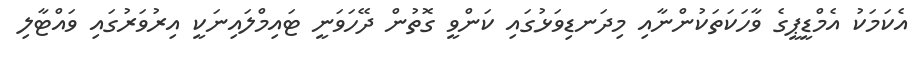
އެކަމަކު އެމްޑީޕީގެ ވާހަކަތަކުންނާއި މިދަނޑިވަޅުގައި ކަންވީ ގޮތުން ދޭހަވަނީ ޓައިމްލައިނަކީ އިރުވަރުގައި ވައްޓާލި